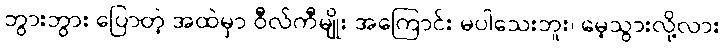
ဘွားဘွား ပြောတဲ့ အထဲမှာ ဝီလ်ကီမျိုး အကြောင်း မပါသေးဘူး၊ မေ့သွားလို့လား